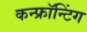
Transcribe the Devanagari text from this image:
कन्फ्रॉन्टिंग